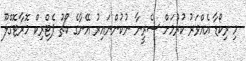
މި ރިކޯޑާ އެއްވަރު ކުރުމަށް ސެރީނާ ނުކުންނައިރު އޭނާގެ ކޯޗު ޕެޓްރިކް މޮރާޓޮގްލޫ